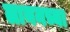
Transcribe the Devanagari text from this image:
लायनच्या